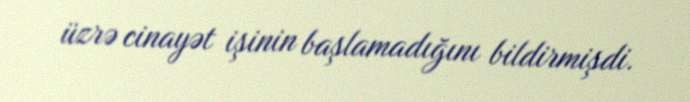
üzrə cinayət işinin başlamadığını bildirmişdi.